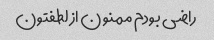
راضی بودم ممنون از لطفتون